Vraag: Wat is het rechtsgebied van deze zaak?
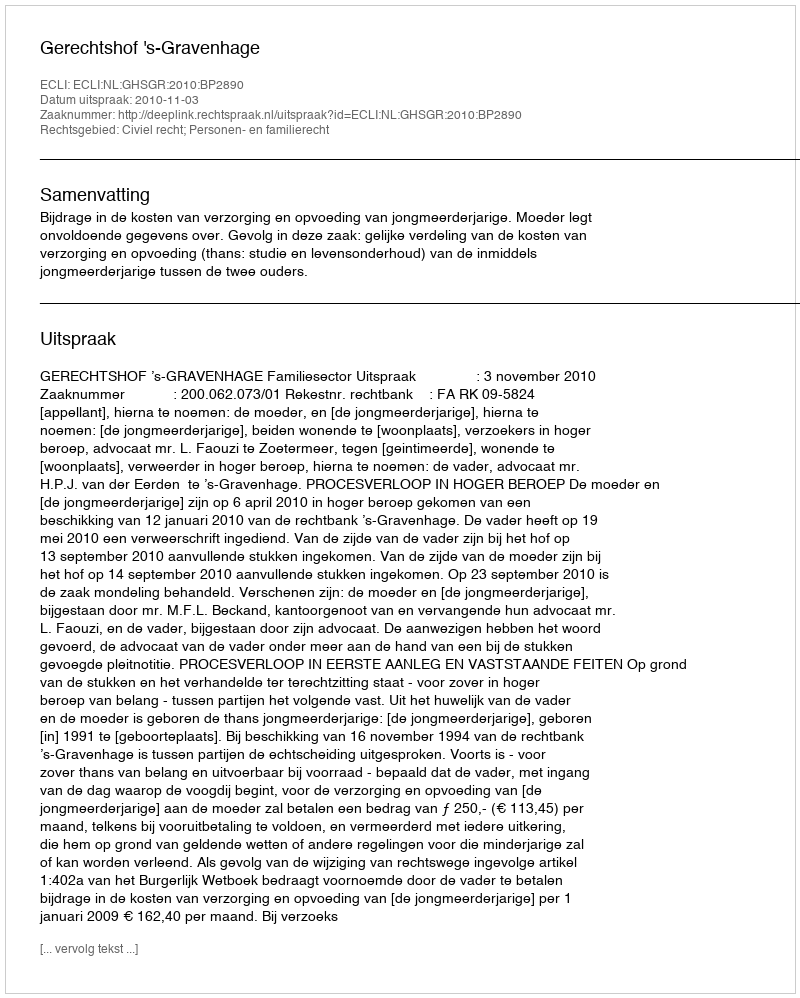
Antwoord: Civiel recht; Personen- en familierecht